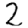
Digit: 2